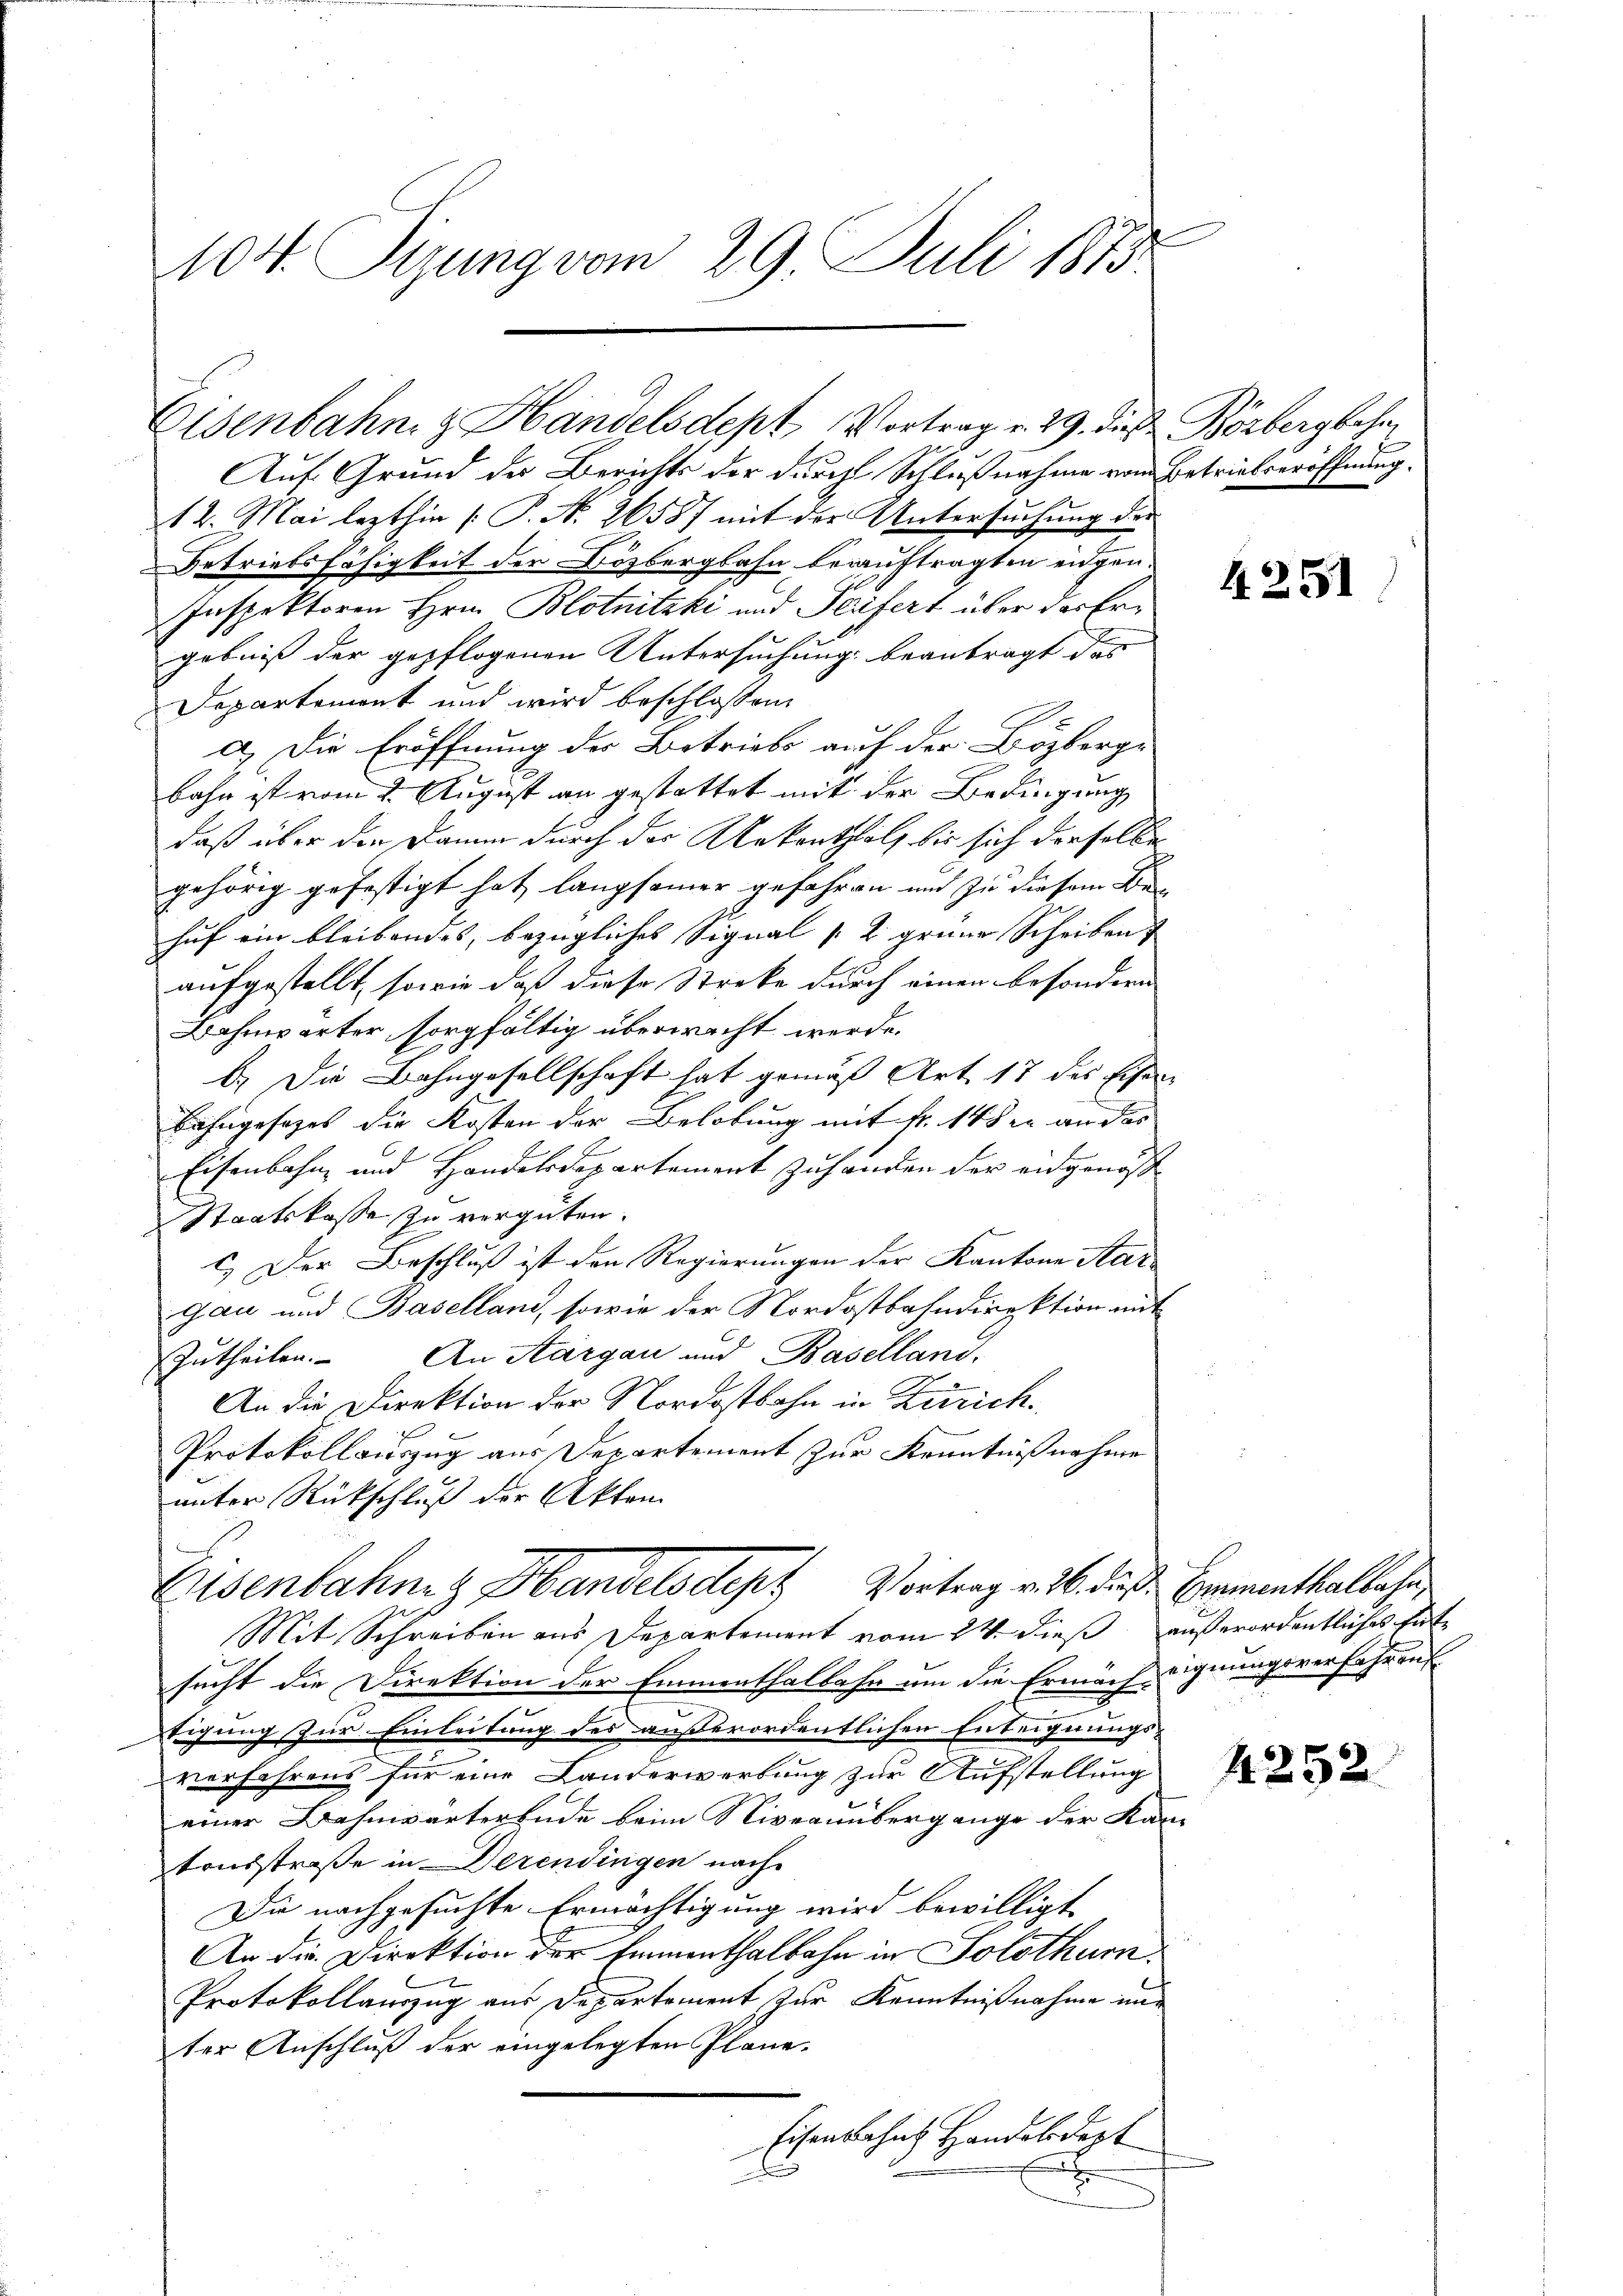
104. Rijung vom 29 Juli 1873.

Eisenbahn z. Handelsdept Vortrag v. 29. die Börbergbahn,

Auf Grund der Berichts der durch Schlußnahme von Betriebseröffnung.
12. Mai lezthin (: P. No. 26587 mit der Untersuchung die
Betriebsfähigkeit der Bözbergbahn beauftragten eidgen.
Inspektoren Hrn. Blotnitzki und Teufert über der Ergebniß der gepflogenen Untersuchung beantragt das
Departement und wird beschlossen
a.) Die Eröffnung der Betriebe auf der Bözberge
bahn ist vom 2. August an gestattet mit der Bedingung
daß über die Damm durch der Unkontholz bis sich derselbe
gehörig gefestigt hat, langsamer gefahren und zu diesem Be-
huf ein bleibendes, bezügliches Signal (2 grüne Scheiben
aufgestellt, sowie daß diese Streke durch einen besondern
Bahnwärter sorgfältig überwacht werde.
b.) Die Bahngesellschaft hat gemäß Art. 17 des Eisen
Bahngesetzes die Kosten der Belobung mit fr. 14 er an der
Eisenbahn und Handelsdepartement zuhanden der eidgenöss
Staatskasse zu vergüten.
c.) Der Beschluß ist den Regierungen der Kantone Aar-
gau und Baselland, sowie der Nordostbahndirektion mit
Zutheilen. An Aargau und Baselland.
An die Direktion der Nordostbahn in Zürich.
Protokollauszug aus Departement zur Kenntnißnahme
unter Rückschluß der Akten
Eisenbahnen Handelsdept Vortrag v. 6. daß Brementhalbahn
Mit Schreiben aus Departement vom 24. dieß außerordentliches Ente
sucht die Direktion der Emmenthalbahn um die Ermäch eignungsverfahren
teigung zur Einleitung des außerordentlichen Enteignungs-
verfahrens für eine Landerwerbung zur Aufstellung
einer Bahnwärterende beim Niveaunbergange der Kan-
tonsstraße in Derendingen nach
Die nachgesuchte Ermächtigung wird bewilligt
An die Direktion der Emmenthalbahn in Solothur.
Protokollauszug aus Departement zur Kenntnißnahme in
ter Anschluß der eingelegten Plane-
Eisenbahnt Handelsdept
.

4251

425.